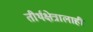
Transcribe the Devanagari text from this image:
तीर्थक्षेत्रालाही